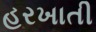
હરખાતી